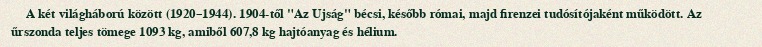
A két világháború között (1920–1944). 1904-től "Az Ujság" bécsi, később római, majd firenzei tudósítójaként működött. Az űrszonda teljes tömege 1093 kg, amiből 607,8 kg hajtóanyag és hélium.